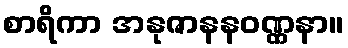
စာရိကာ အနုဇာနနဝဏ္ဏနာ။